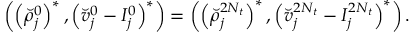
\begin{array} { r } { \left( \left( \breve { \rho } _ { j } ^ { 0 } \right) ^ { * } , \left( \breve { v } _ { j } ^ { 0 } - I _ { j } ^ { 0 } \right) ^ { * } \right) = \left( \left( \breve { \rho } _ { j } ^ { 2 N _ { t } } \right) ^ { * } , \left( \breve { v } _ { j } ^ { 2 N _ { t } } - I _ { j } ^ { 2 N _ { t } } \right) ^ { * } \right) . } \end{array}